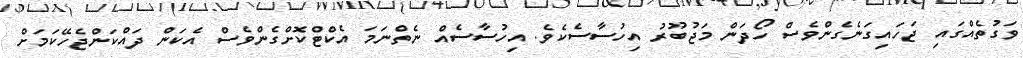
ވަގުތެއްގައި ޖަހައިގަނެގެންވެސް ހޯދަން މަޖުބޫރު އިހުސާސެކެވެ. އިހުސާސެއް ނެތްނަމަ އެކްޓްކޮށްގެންވެސް އެކަން ދައްކަންޖެހޭކަމަށް